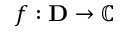
f : \mathbf { D } \rightarrow \mathbb { C }